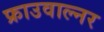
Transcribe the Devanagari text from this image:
फ्राउवाल्नर